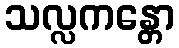
သလ္လကန္တော